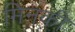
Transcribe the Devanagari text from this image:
मिनकी